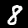
Label: 8